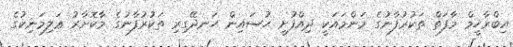
އިބްރާހީމް މާފަތް ތަކުރުފާނުގެ މަންމައަކީ ދިއްފުށީ ޙުސައިން ހަނދޭގިރި ތަކުރުފާނުގެ މާކޮށާރު ޢަލިމަނިކުގެ